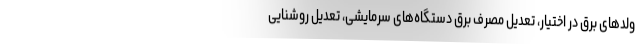
ولدهای برق در اختیار، تعدیل مصرف برق دستگاه‌های سرمایشی، تعدیل روشنایی